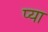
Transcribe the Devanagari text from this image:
प्या